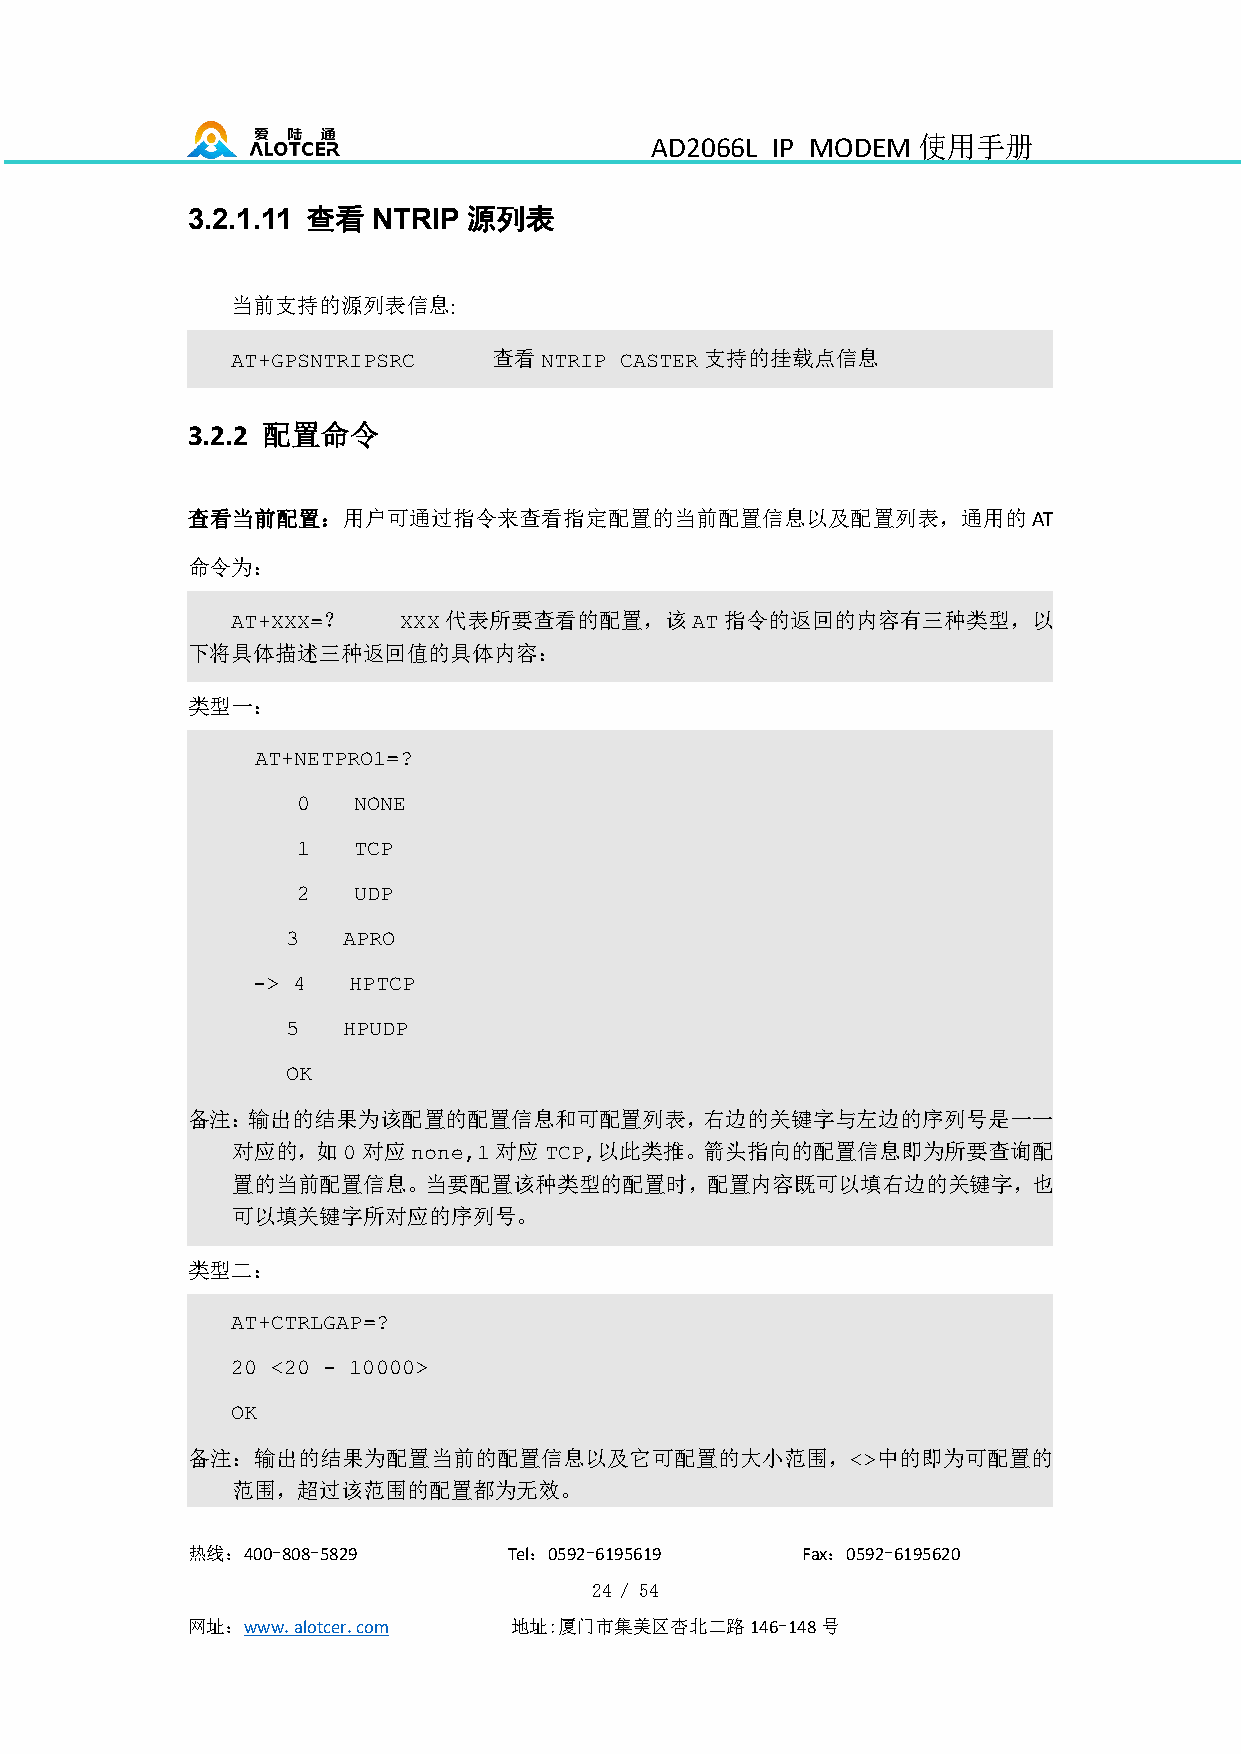
AD2066L IP MODEM  使用手册
 查看         源列表
 3.2.1.11     NTRIP
 当前支持的源列表信息:
 查看            支持的挂载点信息
 AT+GPSNTRIPSRC       NTRIP CASTER
 3.2.2 配置命令
 查看当前配置：用户可通过指令来查看指定配置的当前配置信息以及配置列表，通用的AT
 命令为：
 ？       代表所要查看的配置，该        指令的返回的内容有三种类型，以
 AT+XXX=    XXX                 AT
 下将具体描述三种返回值的具体内容：
 类型一：
 AT+NETPRO1=?
 0  NONE
 1  TCP
 2  UDP
 3   APRO
 -> 4  HPTCP
 5   HPUDP
 OK
 备注：输出的结果为该配置的配置信息和可配置列表，右边的关键字与左边的序列号是一一
 对应的，如    对应       对应     以此类推。箭头指向的配置信息即为所要查询配
 0   none,1   TCP,
 置的当前配置信息。当要配置该种类型的配置时，配置内容既可以填右边的关键字，也
 可以填关键字所对应的序列号。
 类型二：
 AT+CTRLGAP=?
 20 <20 - 10000>
 OK
 备注：输出的结果为配置当前的配置信息以及它可配置的大小范围，                中的即为可配置的
 <>
 范围，超过该范围的配置都为无效。
 热线：400-808-5829       Tel：0592-6195619   Fax：0592-6195620
 24 / 54
 网址：www.alotcer.com    地址:厦门市集美区杏北二路146-148号